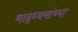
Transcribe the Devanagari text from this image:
माद्ध्यमांच्या